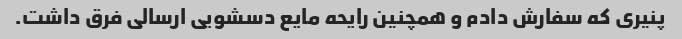
پنیری که سفارش دادم و همچنین رایحه مایع دسشویی ارسالی فرق داشت.